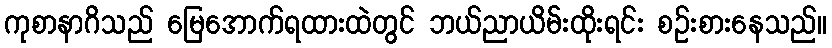
ကုစာနာဂိသည် မြေအောက်ရထားထဲတွင် ဘယ်ညာယိမ်းထိုးရင်း စဉ်းစားနေသည်။